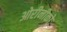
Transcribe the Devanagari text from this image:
ओरीनीको